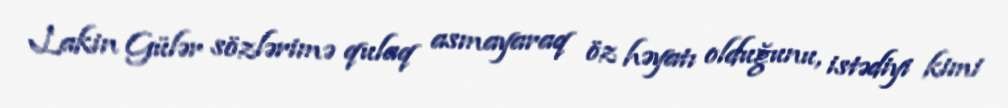
Lakin Gülər sözlərimə qulaq asmayaraq öz həyatı olduğunu, istədiyi kimi